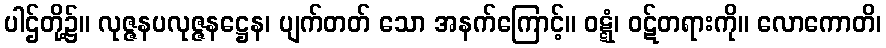
ပါဌ်တို့၌။ လုဇ္ဇနပလုဇ္ဇနဋ္ဌေန၊ ပျက်တတ် သော အနက်ကြောင့်။ ဝဋ္ဋံ၊ ဝဋ်တရားကို။ လောကောတိ၊